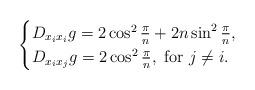
LaTeX: \begin{align*}\begin{cases}D_{x_i x_i}g= 2 \cos ^2 \frac{\pi}{n}+2n \sin ^2 \frac{\pi}{n},\\D_{x_i x_j}g=2 \cos ^2 \frac{\pi}{n},\ \mbox{for} \ j \neq i.\end{cases}\end{align*}